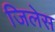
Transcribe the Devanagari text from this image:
जिलेस